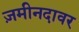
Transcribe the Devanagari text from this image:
ज़मीनदावर